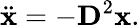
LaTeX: \ddot{\mathbf{x}}=-\mathbf{D}^{2}\mathbf{x}.